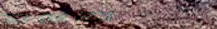
TRY OUR PIZZA